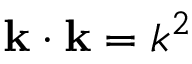
\mathbf { k } \cdot \mathbf { k } = k ^ { 2 }